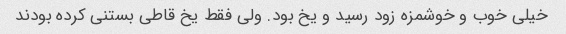
خیلی خوب و خوشمزه زود رسید و یخ بود. ولی فقط یخ قاطی بستنی کرده بودند